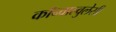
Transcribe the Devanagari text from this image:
कॉन्वाल्वुलेसी